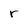
Character: r